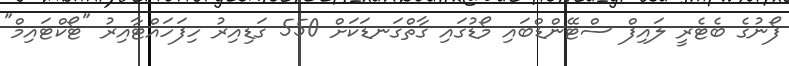
ފޯނުގެ ބެޓެރީ ލައިފް ސްޓޭންޑްބައި މޯޑުގައި ގާތްގަނޑަކަށް 550 ގަޑިއިރު ހިފަހައްޓާއިރު "ޓޯކްޓައިމް"